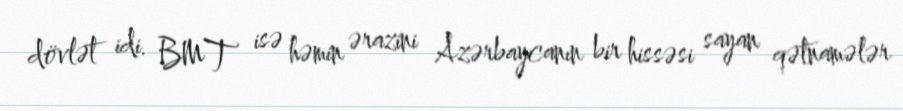
dövlət idi. BMT isə həmin ərazini Azərbaycanın bir hissəsi sayan qətnamələr